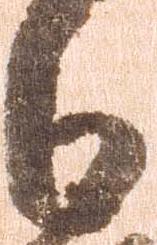
日